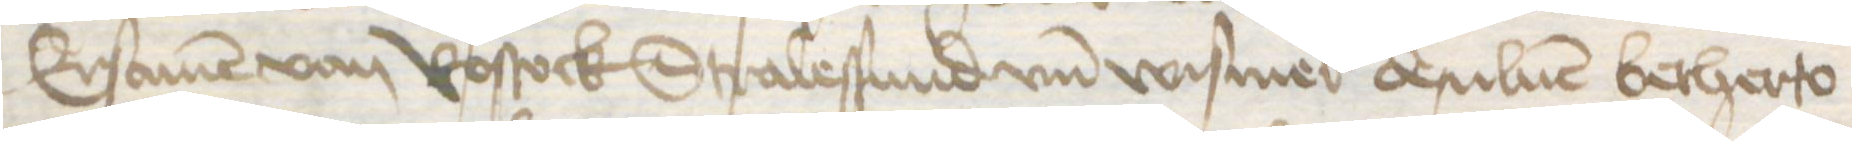
Ersamen von Rostock Stralessund vnd Wismer desuluen betherto